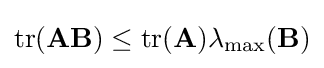
\operatorname {tr} (\mathbf {AB} )\leq \operatorname {tr} (\mathbf {A} )\lambda _{\max }(\mathbf {B} )